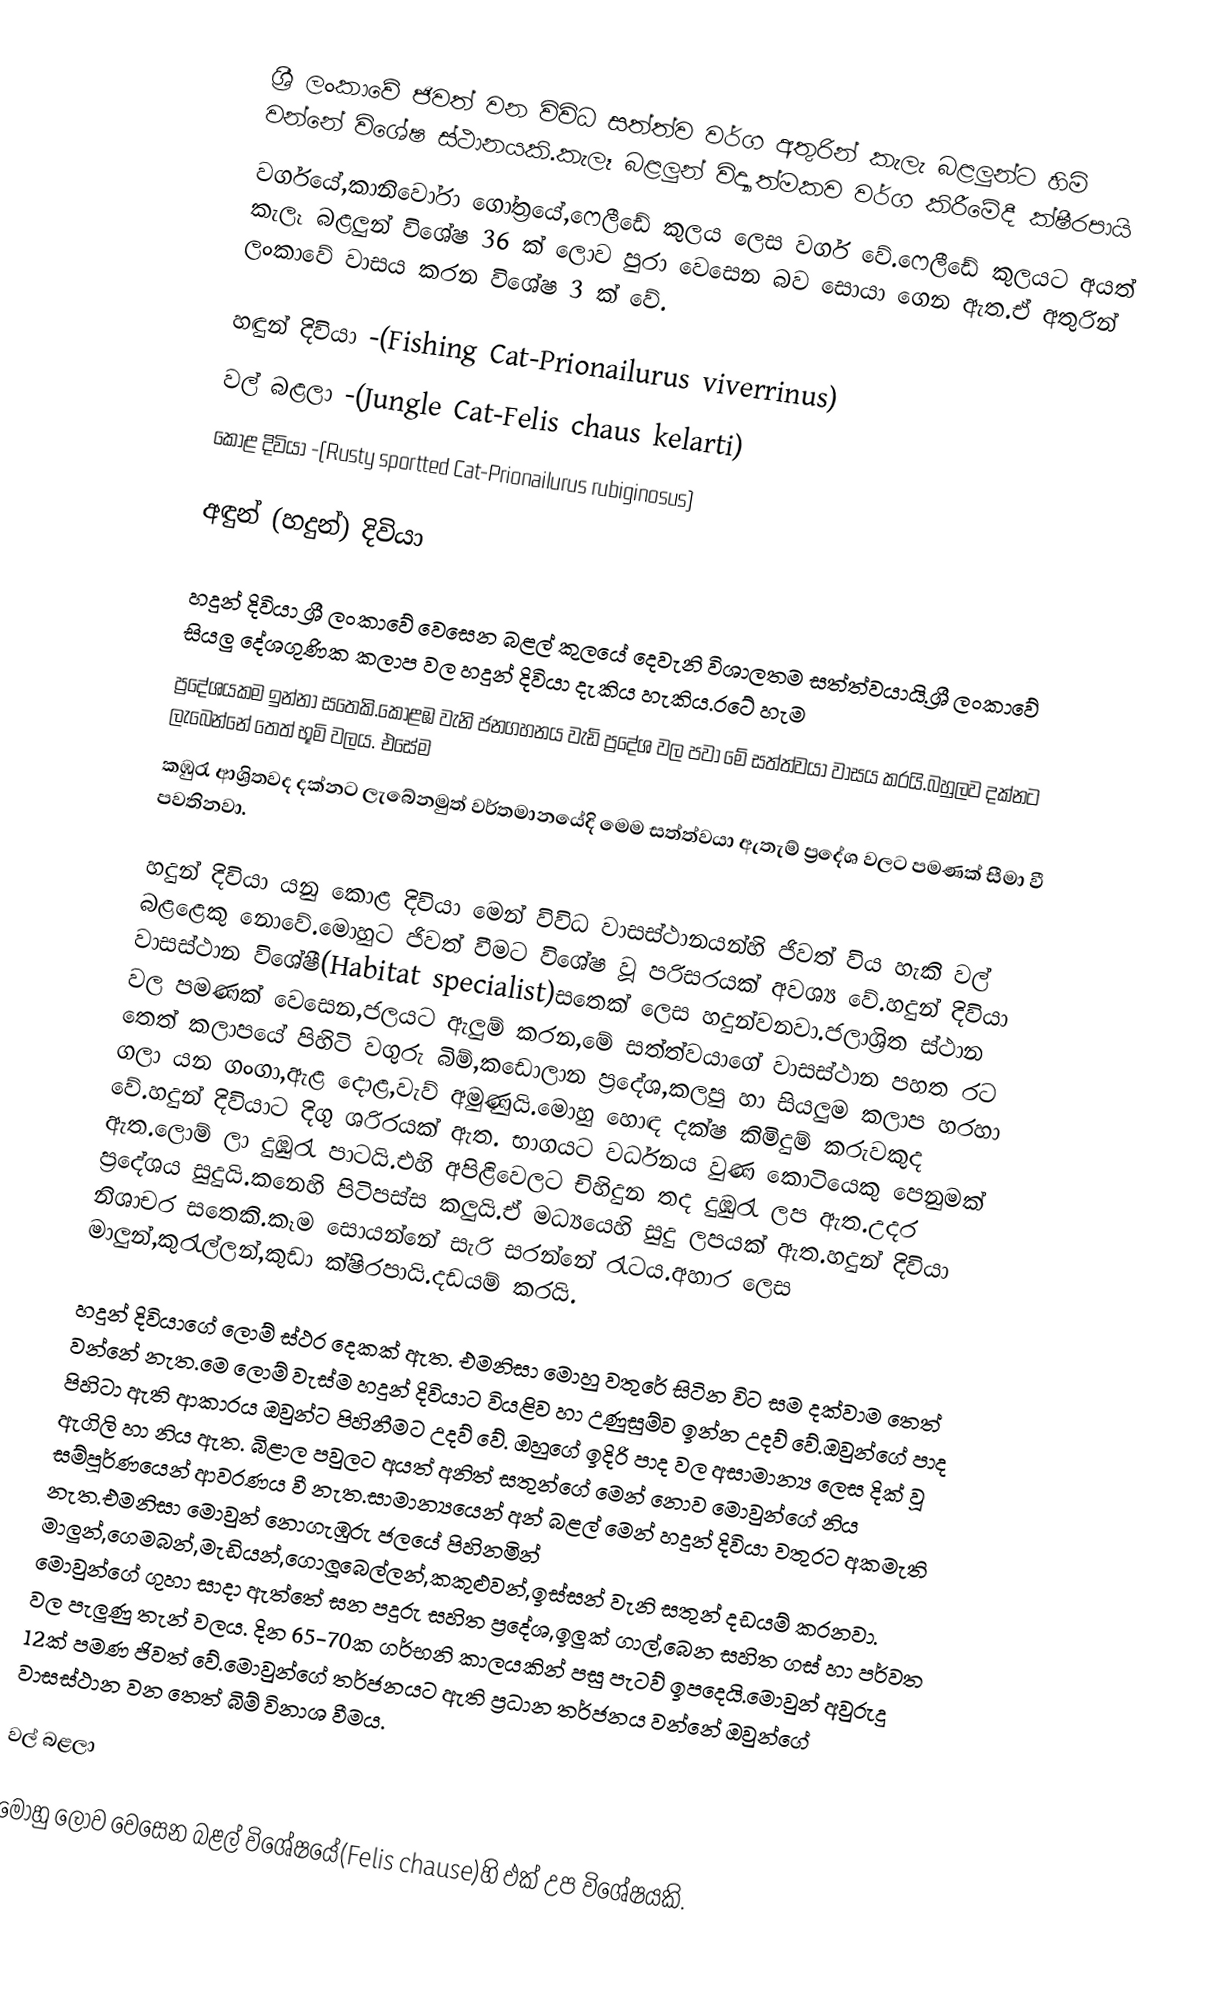
ශ්‍රී ලංකාවේ ජිවත් වන විවිධ සත්ත්ව වර්ග අතුරින් කැලැ බළලුන්ට හිමි වන්නේ විශේෂ ස්ථානයකි.කැලෑ බළලුන් විද්‍යාත්මකව වර්ග කිරීමේදී ක්ෂීරපායි
වර්ගයේ,කානිවෝරා ගෝත්‍රයේ,ෆෙලීඩේ කුලය ලෙස වර්ග වේ.ෆෙලීඩේ කුලයට අයත් කැලෑ බළලුන් විශේෂ 36 ක් ලොව පුරා වෙසෙන බව සොයා ගෙන ඇත.ඒ අතුරින් ලංකාවේ වාසය කරන විශේෂ 3 ක් වේ.

 හඳුන් දිවියා   -(Fishing Cat-Prionailurus viverrinus)
 වල් බළලා    -(Jungle Cat-Felis chaus kelarti)
 කොළ දිවියා -(Rusty sportted Cat-Prionailurus rubiginosus)

අඳුන් (හදුන්) දිවියා

හදුන් දිවියා ශ්‍රී ලංකාවේ වෙසෙන බළල් කුලයේ දෙවැනි විශාලතම සත්ත්වයායි.ශ්‍රී ලංකාවේ සියලු දේශගුණික කලාප වල හදුන් දිවියා දැකිය හැකිය.රටේ හැම
ප්‍රදේශයකම ඉන්නා සතෙකි.කොළඹ වැනි ජනගහනය වැඩි ප්‍රදේශ වල පවා මේ සත්ත්වයා වාසය කරයි.බහුලව දක්නට ලැබෙන්නේ තෙත් භූමි වලය. එසේම
කඹුරැ ආශ්‍රිතවද දක්නට ලැබේනමුත් වර්තමානයේදි මෙම සත්ත්වයා ඇතැම් ප්‍රදේශ වලට පමණක් සීමා වී පවතිනවා.

හදුන් දිවියා යනු කොළ දිවියා මෙන් විවිධ වාසස්ථානයන්හි ජිවත් විය හැකි වල් බළළෙකු නොවේ.මොහුට ජිවත් වීමට විශේෂ වූ පරිසරයක් අවශ්‍ය වේ.හදුන් දිවියා වාසස්ථාන විශේෂී(Habitat specialist)සතෙක් ලෙස හදුන්වනවා.ජලාශ්‍රිත ස්ථාන වල පමණක් වෙසෙන,ජලයට ඇලුම් කරන,මේ සත්ත්වයාගේ වාසස්ථාන පහත රට තෙත් කලාපයේ පිහිටි වගුරු බිම්,කඩොලාන ප්‍රදේශ,කලපු හා සියලුම කලාප හරහා ගලා යන ගංගා,ඇළ දොළ,වැව් අමුණුයි.මොහු හොඳ දක්ෂ කිමිදුම් කරුවකුද වේ.හදුන් දිවියාට දිගු ශරිරයක් ඇත. භාගයට වර්ධන‍ය වුණ කොටියෙකු පෙනුමක් ඇත.ලොම් ලා දුඹුරැ පාටයි.එහි අපිළිවෙලට චිහිදුන තද දුඹුරැ ලප ඇත.උදර ප්‍රදේශය සුදුයි.කනෙහි පිටිපස්ස කලුයි.ඒ මධ්‍යයෙහි සුදු ලපයක් ඇත.හදුන් දිවියා නිශාචර සතෙකි.කෑම සොයන්නේ සැරි සරන්නේ රැටය.අහාර ලෙස මාලුන්,කුරැල්ලන්,කුඩා ක්ෂිරපායි.දඩයම් කරයි.

හදුන් දිවියාගේ ලොම් ස්ථර දෙකක් ඇත. එමනිසා මොහු වතුරේ සිටින විට සම දක්වාම තෙත් වන්නේ නැත.මෙ ලොම් වැස්ම හදුන් දිවියාට වියළිව හා උණුසුම්ව ඉන්න උදව් වේ.ඔවුන්ගේ පාද පිහිටා ඇති ආකාරය ඔවුන්ට පිහිනීමට උදව් ‍වේ. ඔහුගේ ඉදිරි පාද වල අසාමාන්‍ය ලෙස දික් වූ ඇගිලි හා නිය ඇත. බිළාල පවුලට අයත් අනිත් සතුන්ගේ මෙන් නොව මොවුන්ගේ නිය සම්පූර්ණයෙන් ආවරණය වී නැත.සාමාන්‍යයෙන් අන් බළල් මෙන් හදුන් දිවියා වතුරට අකමැති නැත.එමනිසා මොවුන් නොගැඹුරු ජලයේ පිහිනමින් මාලුන්,ගෙමබන්,මැඩියන්,ගොලූබෙල්ලන්,කකුළුවන්,ඉස්සන් වැනි සතුන් දඩයම් කරනවා. මොවුන්ගේ ගුහා සාදා ඇත්තේ ඝන පදුරු සහිත ප්‍රදේශ,ඉලුක් ගාල්,බෙන සහිත ගස් හා පර්වත වල පැලුණු තැන් වලය. දින 65-70ක ගර්භනි කාලයකින් පසු පැටව් ඉපදෙයි.මොවුන් අවුරුදු 12ක් පමණ ජිවත් වේ.මොවුන්ගේ තර්ජනයට ඇති ප්‍රධාන තර්ජනය වන්නේ ඔවුන්ගේ වාසස්ථාන වන තෙත් බිම් විනාශ වීමය.

වල් බළලා

මොහු ලොව වෙසෙන බළල් විශේෂයේ(Felis chause)හි ඵක් උප විශේෂයකි.